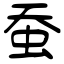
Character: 蚕